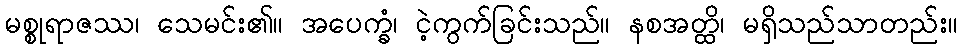
မစ္စုရာဇဿ၊ သေမင်း၏။ အပေက္ခံ၊ ငဲ့ကွက်ခြင်းသည်။ နစအတ္ထိ၊ မရှိသည်သာတည်း။